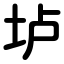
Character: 垆